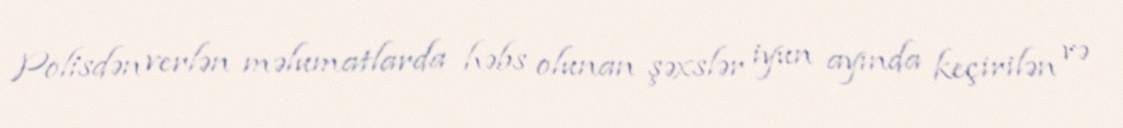
Polisdən verlən məlumatlarda həbs olunan şəxslər iyun ayında keçirilən və